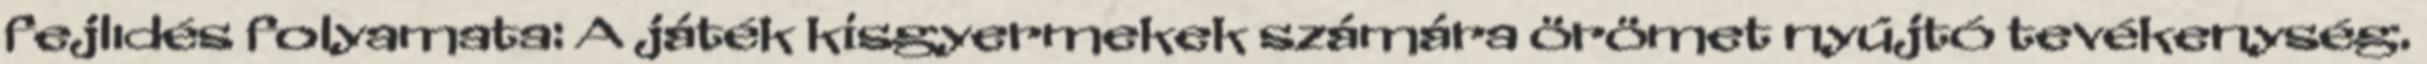
fejlıdés folyamata: A játék kisgyermekek számára örömet nyújtó tevékenység.